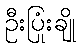
ဦးပြုံးချို